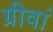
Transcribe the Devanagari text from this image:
ग्रीवां